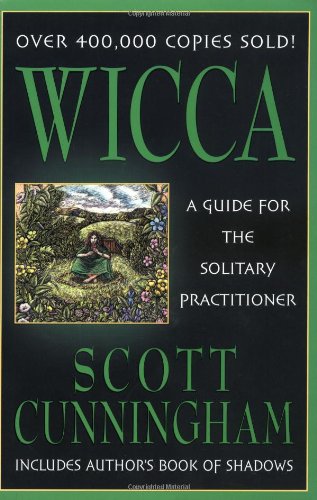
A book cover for Wicca: A Guide for the Solitary Practitioner; Scott Cunningham; Politics & Social Sciences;